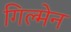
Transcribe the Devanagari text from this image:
गिल्मेन